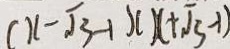
( x - \sqrt { 3 } - 1 ) ( x + \sqrt { 3 } - 1 )